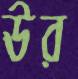
ঊর